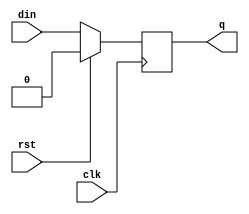
module flop_sync_rst(
   input clk,
   input rst,
   input din,
   output reg q
);

always@(posedge clk)
   if(rst)
      q <= 0;
   else
      q <= din;

endmodule